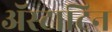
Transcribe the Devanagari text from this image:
अॅस्टाटिन